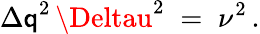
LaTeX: {\Delta\mathsf{q}}^{2}\, {\Deltau}^{2}\; =\; \nu^{2}\, .